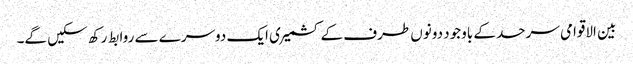
بین الاقوامی سرحد کے باوجود دونوں طرف کے کشمیری ایک دوسرے سے روابط رکھ سکیں گے۔